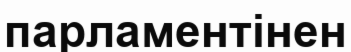
парламентінен